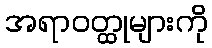
အရာဝတ္ထုများကို